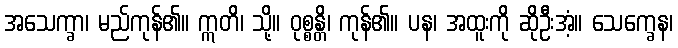
အသေက္ခာ၊ မည်ကုန်၏။ ဣတိ၊ သို့။ ဝုစ္စန္တိ၊ ကုန်၏။ ပန၊ အထူးကို ဆိုဦးအံ့။ သေက္ခေန၊